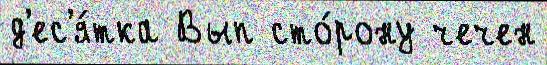
д'ес'я́тка Вып сто́рону чечен